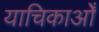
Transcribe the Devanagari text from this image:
याचिकाओँ